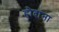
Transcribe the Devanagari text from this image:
हौदांना